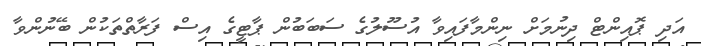
އަދި ޕޮއިންޓް ދިނުމަށް ނިންމާފައިވާ އުސޫލުގެ ސަބަބުން ޕާޓީގެ އިސް ފަރާތްތަކުން ބޭނުންވާ